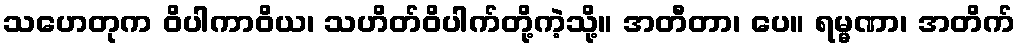
သဟေတုက ဝိပါကာဝိယ၊ သဟိတ်ဝိပါက်တို့ကဲ့သို့။ အတီတာ၊ ပေ။ ရမ္မဏာ၊ အတိက်